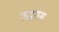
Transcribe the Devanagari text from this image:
उद्धगम